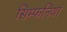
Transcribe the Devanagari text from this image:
सिम्फनिया